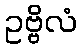
ဥဗ္ဗိလံ